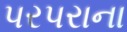
પરપરાના